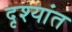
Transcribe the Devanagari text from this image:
दृश्यांत